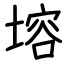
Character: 塎